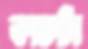
কাচটা